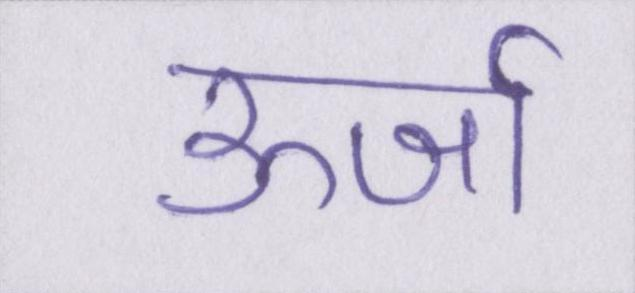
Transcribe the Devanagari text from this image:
ऊर्जा